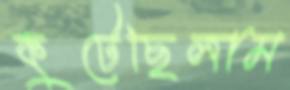
কুটেছিলাম